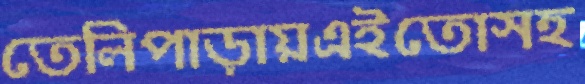
তেলিপাড়ায়এইতোসহ